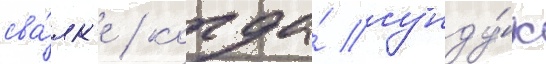
сва́лк'е / когда́ сунду́к